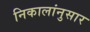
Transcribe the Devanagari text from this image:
निकालांनुसार